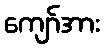
ကျော်အား